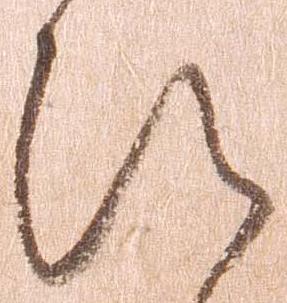
ひ